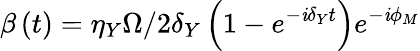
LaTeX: \beta\left(t\right)=\eta_{Y}\Omega/2\delta_{Y}\left(1-e^{-\mathit{i}\delta_{Y}t}\right)e^{-\mathit{i}\phi_{M}}